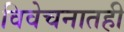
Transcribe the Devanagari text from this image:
विवेचनातही